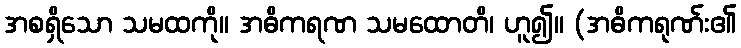
အစရှိသော သမထကို။ အဓိကရဏ သမထောတိ၊ ဟူ၍။ (အဓိကရုဏ်း၏